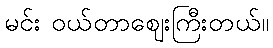
မင်း ဝယ်တာဈေးကြီးတယ်။